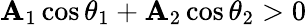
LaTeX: \mathbf{A}_{1}\cos\theta_{1}+\mathbf{A}_{2}\cos\theta_{2}>0